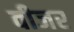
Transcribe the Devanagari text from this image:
वीजर